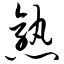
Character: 熟